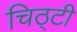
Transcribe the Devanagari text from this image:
चिठ्टी